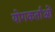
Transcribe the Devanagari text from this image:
योगकर्ताओं